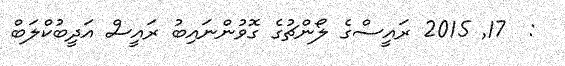
:  17